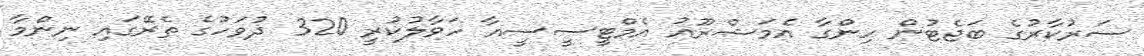
ސަރުކާރުގެ ބަޖެޓުން ހިންގާ އެމަޝްރޫއު އެމްޓީސީސީއާ ހަވާލުކުރީ 320 ދުވަހުގެ ތެރޭގައި ނިންމާ